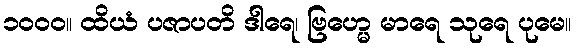
၁၀၀၀။ ထိယံ ပဇာပတိ ဒါရေ၊ ဗြဟ္မေ မာရေ သုရေ ပုမေ။